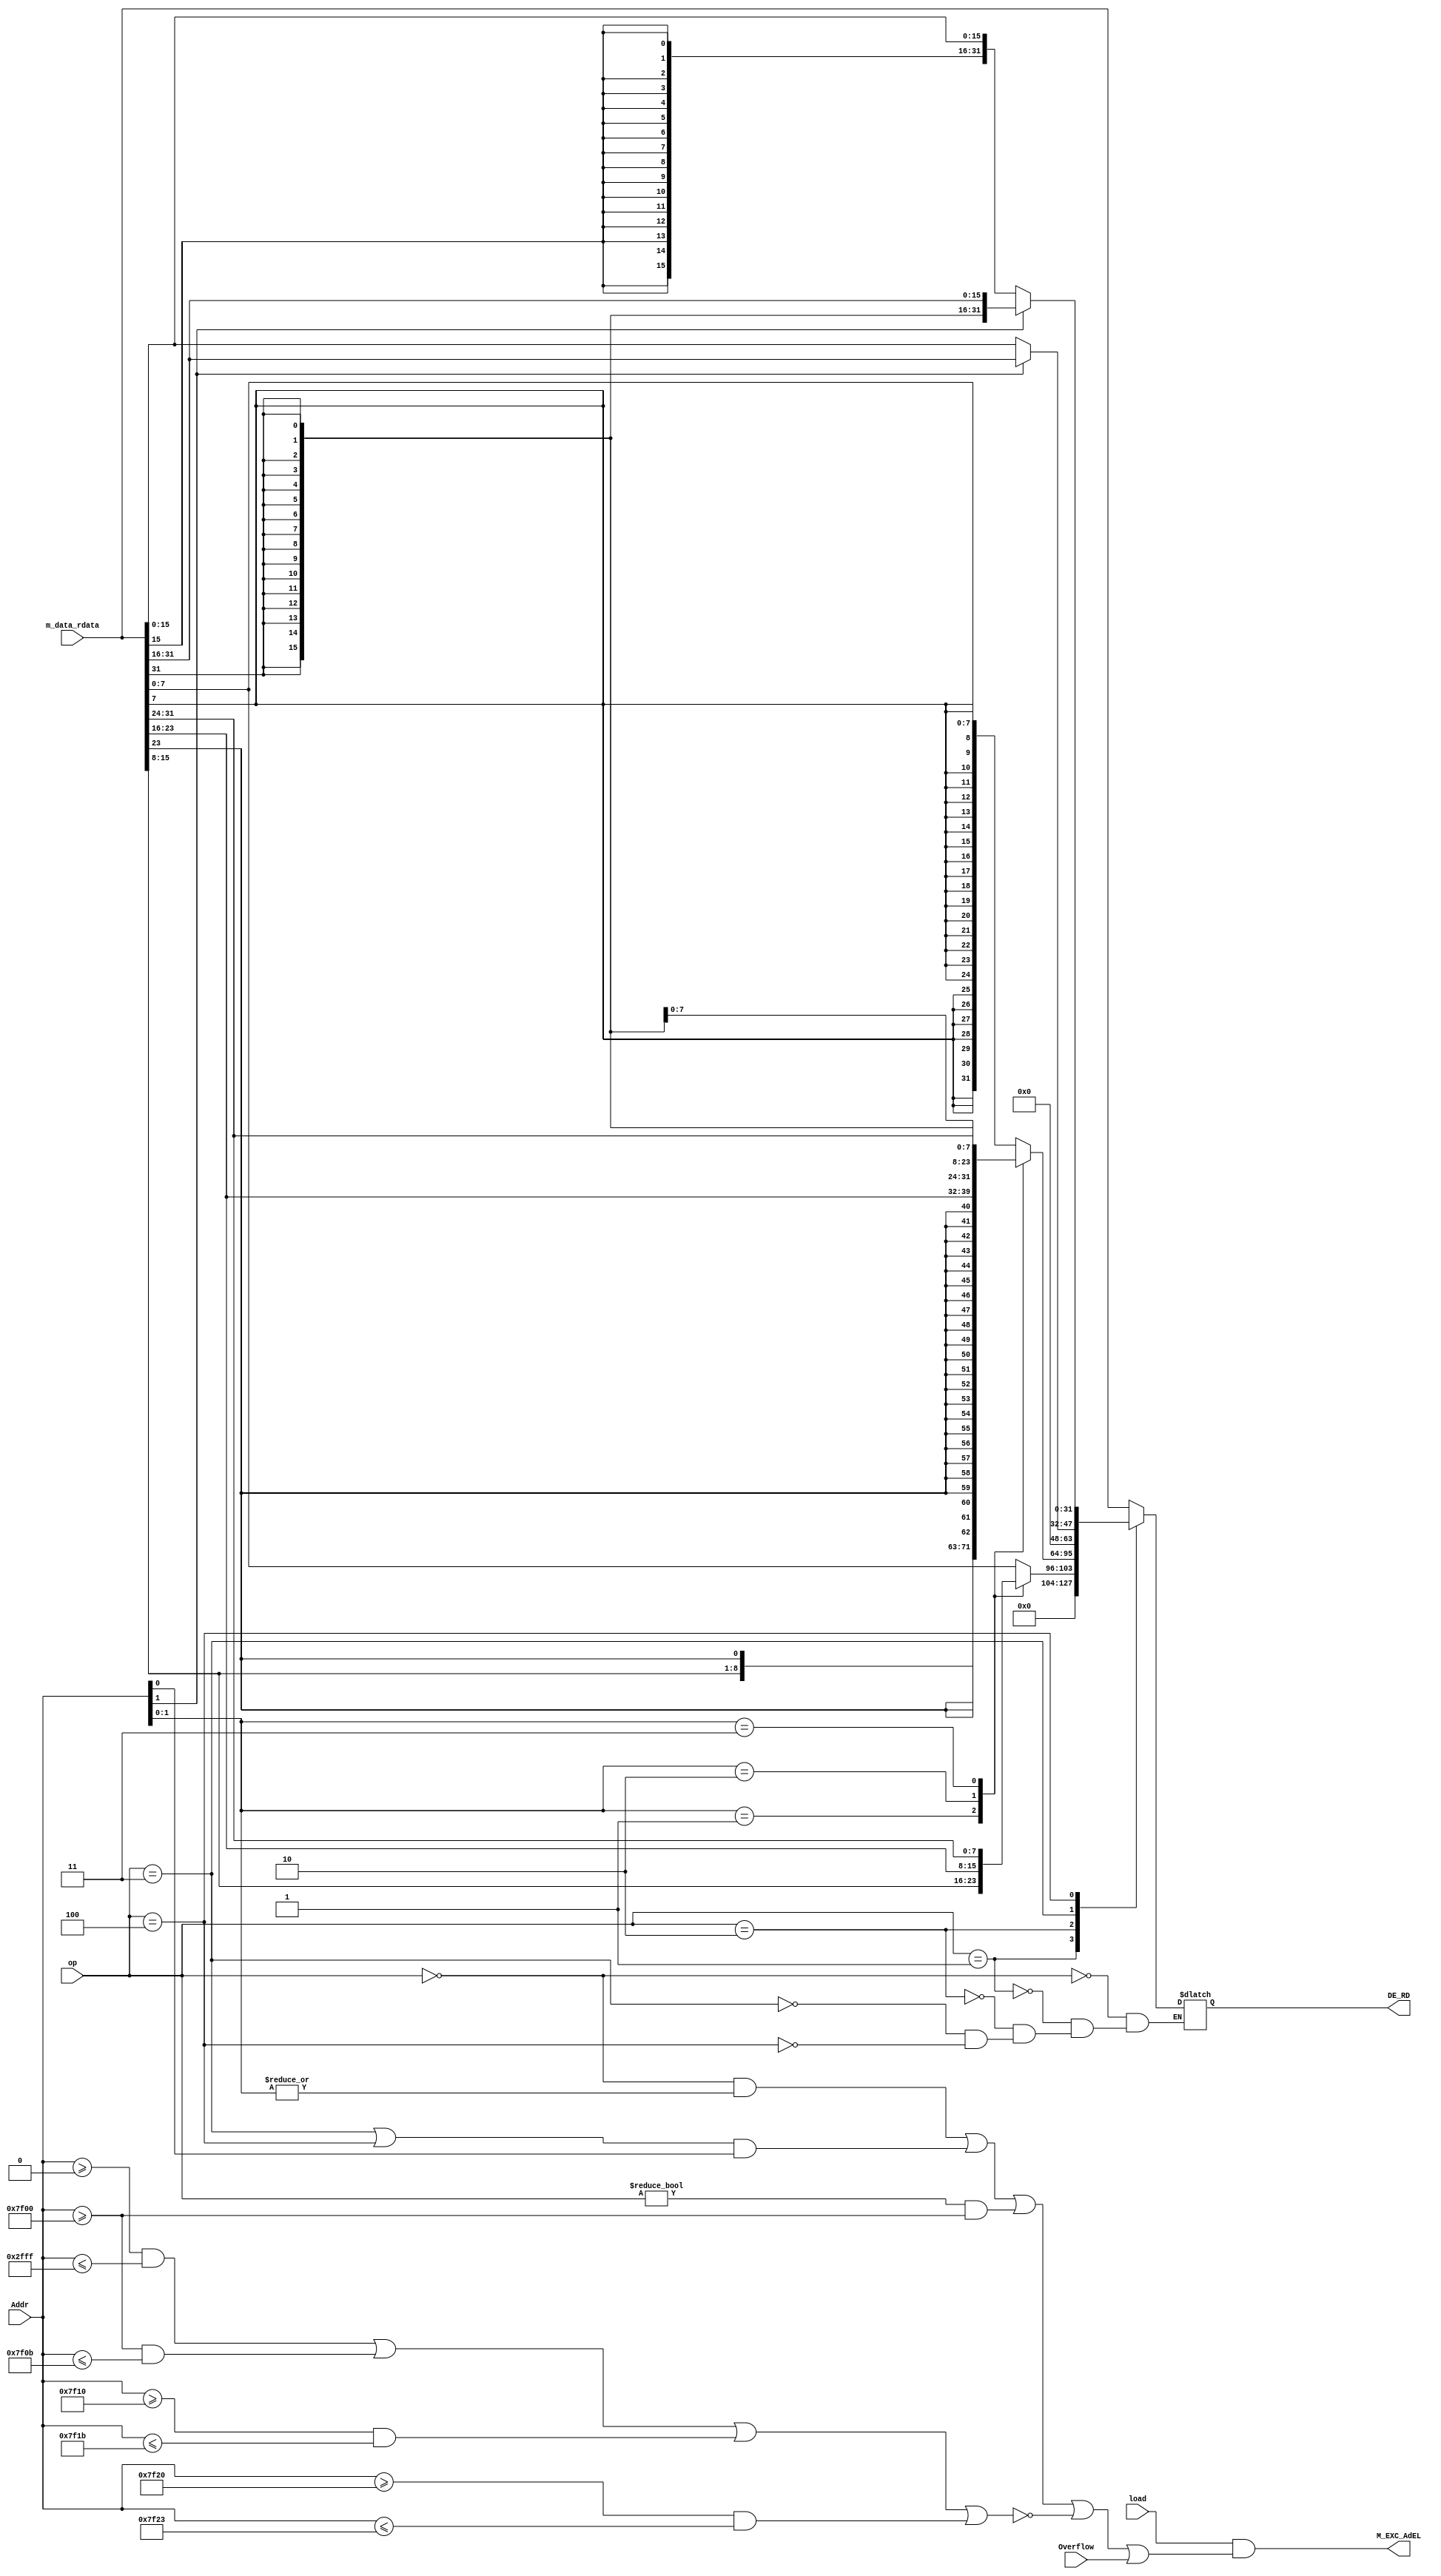
module DE(
    input [31:0] Addr,
    input [31:0] m_data_rdata,
    input [2:0] op,
    input Overflow,
    input load,
    output M_EXC_AdEL,
    output reg [31:0] DE_RD
);
    parameter DE_lw  = 3'b000;
    parameter DE_lbu = 3'b001;
    parameter DE_lb  = 3'b010;
    parameter DE_lhu = 3'b011;
    parameter DE_lh  = 3'b100;

    wire NotAlignWord = ((op == DE_lw) && (|Addr[1:0]));//lw 4 
    wire NotAlignHalf = ((op == DE_lhu || op == DE_lh ) && (Addr[0]));   //lh  2 
    wire OutRange = !(((Addr >= 32'h0000_0000) && (Addr <= 32'h0000_2fff)) ||
                      ((Addr >= 32'h0000_7f00) && (Addr <= 32'h0000_7f0b)) ||
                      ((Addr >= 32'h0000_7f10) && (Addr <= 32'h0000_7f1b)) ||
                      ((Addr >= 32'h0000_7f20) && (Addr <= 32'h0000_7f23)));
    wire ErrorTimer = (op != DE_lw && Addr >= 32'h0000_7f00);
    assign M_EXC_AdEL = (load && (NotAlignWord || NotAlignHalf || ErrorTimer || OutRange || Overflow));

    always @(*) begin
        case (op)
            DE_lw:begin
                DE_RD = m_data_rdata[31:0];
            end 
            DE_lbu:begin
                case (Addr[1:0])
                    2'b00:begin
                        DE_RD = {24'b0,m_data_rdata[7:0]};
                    end
                    2'b01:begin
                        DE_RD = {24'b0,m_data_rdata[15:8]};
                    end
                    2'b10:begin
                        DE_RD = {24'b0,m_data_rdata[23:16]};
                    end
                    2'b11:begin
                        DE_RD = {24'b0,m_data_rdata[31:24]};
                    end 
                endcase
            end
            DE_lb:begin
                case (Addr[1:0])
                    2'b00:begin
                        DE_RD = {{24{m_data_rdata[7]}},m_data_rdata[7:0]};
                    end
                    2'b01:begin
                        DE_RD = {{24{m_data_rdata[15]}},m_data_rdata[15:8]};
                    end
                    2'b10:begin
                        DE_RD = {{24{m_data_rdata[23]}},m_data_rdata[23:16]};
                    end
                    2'b11:begin
                        DE_RD = {{24{m_data_rdata[31]}},m_data_rdata[31:24]};
                    end 
                endcase
            end
            DE_lhu:begin
                case (Addr[1])
                    1'b0:begin
                        DE_RD = {16'b0,m_data_rdata[15:0]};
                    end
                    1'b1:begin
                        DE_RD = {16'b0,m_data_rdata[31:16]};
                    end
                endcase
            end
            DE_lh:begin
                case (Addr[1])
                    1'b0:begin
                        DE_RD = {{16{m_data_rdata[15]}},m_data_rdata[15:0]};
                    end
                    1'b1:begin
                        DE_RD = {{16{m_data_rdata[31]}},m_data_rdata[31:16]};
                    end
                endcase
            end 
        endcase
    end
endmodule